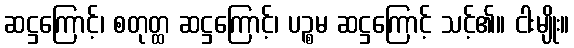
ဆဋ္ဌကြောင့်၊ စတုတ္ထ ဆဋ္ဌကြောင့်၊ ပဉ္စမ ဆဋ္ဌကြောင့် သင့်၏။ ငါးမျိုး။